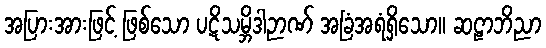
အပြားအားဖြင့် ဖြစ်သော ပဋိသမ္ဘိဒါဉာဏ် အခြံအရံရှိသော။ ဆဠာဘိညာ